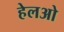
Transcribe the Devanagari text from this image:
हेलओ